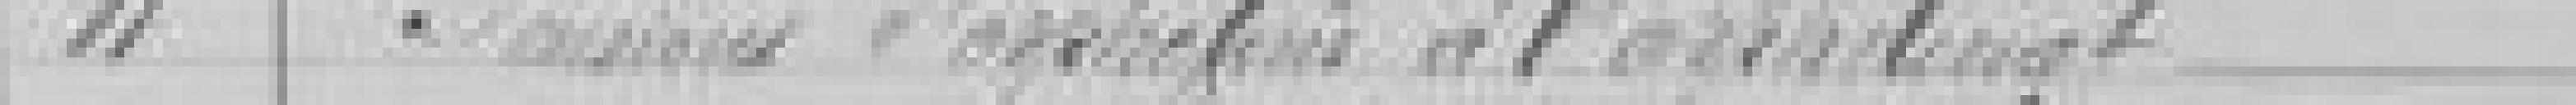
11. Pensions d'orphelins à l'orphelinat